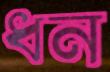
ধন